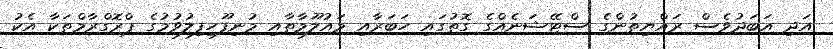
އަދި އަބަދުވެސް ރައްޔިތުންގެ ސްޓޭޝަނެއްގެ ގޮތުގައި ހަބަރާއި މައުލޫމާތާއި މުނިފޫހިފިލުވުމުގެ ޕްރޮގްރާމްތަކާ އެކު